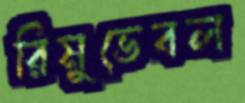
রিমুভেবল